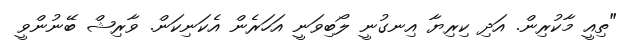
"ތިއީ މާކުރިން. އަދި ކިރިޔާ އިނގުނީ ލޯބިވަނީ އަހަރެން އެކަނިކަން. ވާރިޝް ބޭނުންވީ